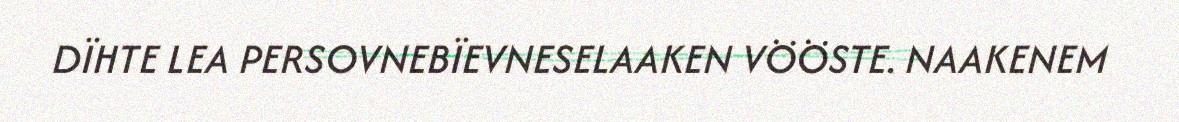
DÏHTE LEA PERSOVNEBÏEVNESELAAKEN VÖÖSTE. NAAKENEM